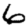
Digit: 6